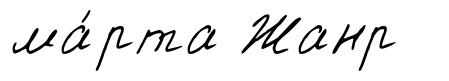
ма́рта Жанр